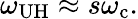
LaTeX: \omega_{\mathrm{UH}}\approx s\omega_{\mathrm{c}}.